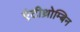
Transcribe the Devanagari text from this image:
एंटीथ्रोम्बिन